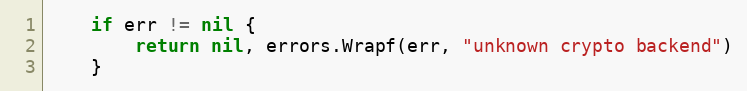
Language: Go
	if err != nil {
		return nil, errors.Wrapf(err, "unknown crypto backend")
	}